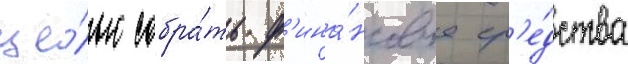
це́лью собра́ть ф'ина́нсовые ср'е́дства